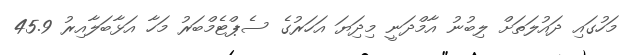
މަހުގައި ދައުލަތަށް ލިބުނު އާމްދަނީ މިދަިޔަ އަހަރުގެ ސެޕްޓެމްބަރު މަހާ އަޅާބަލާއިރު 45.9